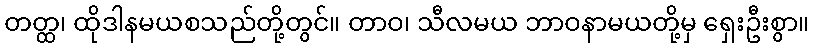
တတ္ထ၊ ထိုဒါနမယစသည်တို့တွင်။ တာဝ၊ သီလမယ ဘာဝနာမယတို့မှ ရှေးဦးစွာ။